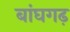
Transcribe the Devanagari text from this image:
बांघगढ़